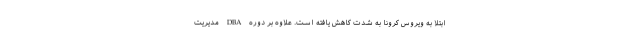
ابتلا به ویروس کرونا به شدت کاهش یافته است. علاوه بر دوره DBA مدیریت